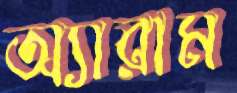
অ্যারাম